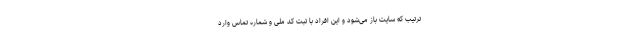
ترتیب که سایت باز می‌شود و این افراد با ثبت کد ملی و شماره تماس وارد